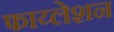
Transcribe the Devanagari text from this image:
फाय्लेशन